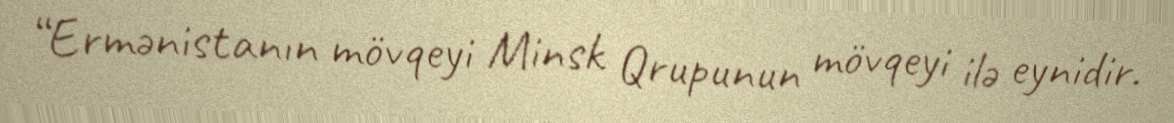
“Ermənistanın mövqeyi Minsk Qrupunun mövqeyi ilə eynidir.